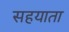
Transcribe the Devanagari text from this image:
सहयाता